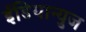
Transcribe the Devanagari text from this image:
ईंडियान्युज